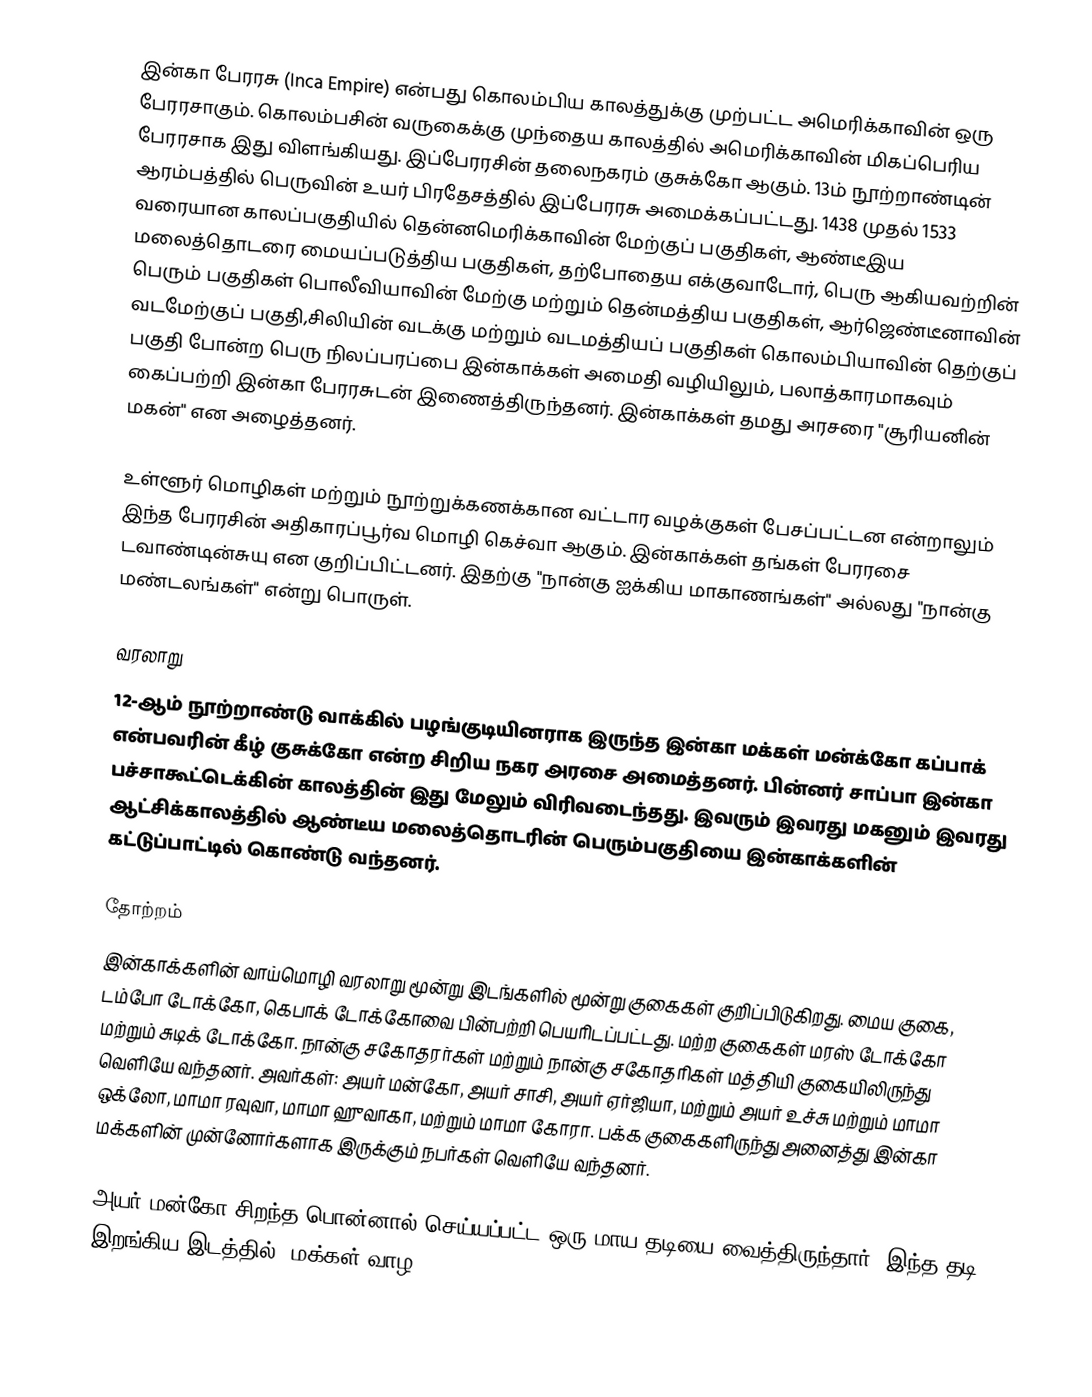
இன்கா பேரரசு (Inca Empire) என்பது கொலம்பிய காலத்துக்கு முற்பட்ட அமெரிக்காவின் ஒரு பேரரசாகும். கொலம்பசின் வருகைக்கு முந்தைய காலத்தில் அமெரிக்காவின் மிகப்பெரிய பேரரசாக இது விளங்கியது. இப்பேரரசின் தலைநகரம் குசுக்கோ ஆகும். 13ம் நூற்றாண்டின் ஆரம்பத்தில் பெருவின் உயர் பிரதேசத்தில் இப்பேரரசு அமைக்கப்பட்டது. 1438 முதல் 1533 வரையான காலப்பகுதியில் தென்னமெரிக்காவின் மேற்குப் பகுதிகள், ஆண்டீஇய மலைத்தொடரை மையப்படுத்திய பகுதிகள், தற்போதைய எக்குவாடோர், பெரு ஆகியவற்றின் பெரும் பகுதிகள் பொலீவியாவின் மேற்கு மற்றும் தென்மத்திய பகுதிகள், ஆர்ஜெண்டீனாவின் வடமேற்குப் பகுதி,சிலியின் வடக்கு மற்றும் வடமத்தியப் பகுதிகள் கொலம்பியாவின் தெற்குப் பகுதி போன்ற பெரு நிலப்பரப்பை இன்காக்கள் அமைதி வழியிலும், பலாத்காரமாகவும் கைப்பற்றி இன்கா பேரரசுடன் இணைத்திருந்தனர். இன்காக்கள் தமது அரசரை "சூரியனின் மகன்" என அழைத்தனர்.

உள்ளூர் மொழிகள் மற்றும் நூற்றுக்கணக்கான வட்டார வழக்குகள் பேசப்பட்டன என்றாலும் இந்த பேரரசின் அதிகாரப்பூர்வ மொழி கெச்வா ஆகும். இன்காக்கள் தங்கள் பேரரசை டவாண்டின்சுயு என குறிப்பிட்டனர். இதற்கு "நான்கு ஐக்கிய மாகாணங்கள்" அல்லது "நான்கு மண்டலங்கள்" என்று பொருள்.

வரலாறு
12-ஆம் நூற்றாண்டு வாக்கில் பழங்குடியினராக இருந்த இன்கா மக்கள் மன்க்கோ கப்பாக் என்பவரின் கீழ் குசுக்கோ என்ற சிறிய நகர அரசை அமைத்தனர். பின்னர் சாப்பா இன்கா பச்சாகூட்டெக்கின் காலத்தின் இது மேலும் விரிவடைந்தது. இவரும் இவரது மகனும் இவரது ஆட்சிக்காலத்தில் ஆண்டீய மலைத்தொடரின் பெரும்பகுதியை இன்காக்களின் கட்டுப்பாட்டில் கொண்டு வந்தனர்.

தோற்றம்
இன்காக்களின் வாய்மொழி வரலாறு மூன்று இடங்களில் மூன்று குகைகள் குறிப்பிடுகிறது. மைய குகை, டம்போ டோக்கோ, கெபாக் டோக்கோவை பின்பற்றி பெயரிடப்பட்டது. மற்ற குகைகள் மரஸ் டோக்கோ மற்றும் சுடிக் டோக்கோ. நான்கு சகோதரர்கள் மற்றும் நான்கு சகோதரிகள் மத்தியி குகையிலிருந்து வெளியே வந்தனர். அவர்கள்: அயர் மன்கோ, அயர் சாசி, அயர் ஏர்ஜியா, மற்றும் அயர் உச்சு மற்றும் மாமா ஒக்லோ, மாமா ரவுவா, மாமா ஹுவாகா, மற்றும் மாமா கோரா. பக்க குகைகளிருந்து அனைத்து இன்கா மக்களின் முன்னோர்களாக இருக்கும் நபர்கள் வெளியே வந்தனர்.

அயர் மன்கோ சிறந்த பொன்னால் செய்யப்பட்ட ஒரு மாய தடியை வைத்திருந்தார். இந்த தடி இறங்கிய இடத்தில், மக்கள் வாழ